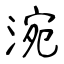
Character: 涴